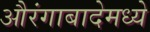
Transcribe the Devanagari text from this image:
औरंगाबादेमध्ये